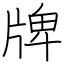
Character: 牌